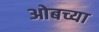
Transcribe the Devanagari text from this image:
ओबच्या